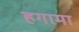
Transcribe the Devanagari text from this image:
हगामा